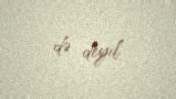
də deyil.